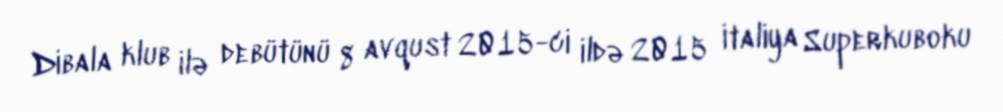
Dibala klub ilə debütünü 8 avqust 2015-ci ildə 2015 İtaliya Superkuboku